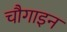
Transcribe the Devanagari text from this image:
चौगाइन